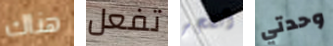
هناك تفعل أنفجر وحدتي